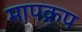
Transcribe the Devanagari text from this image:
मापक्रप